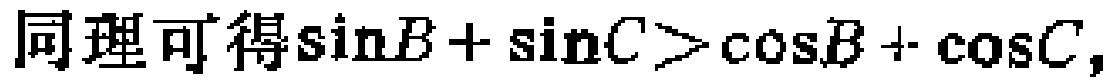
同理可得\(\sin B+\sin C>\cos B+\cos C\)